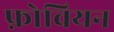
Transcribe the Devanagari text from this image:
फ़ोवियन